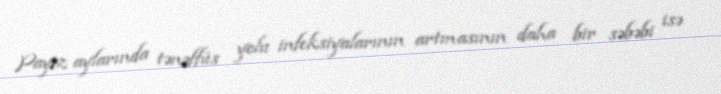
Payız aylarında tənəffüs yolu infeksiyalarının artmasının daha bir səbəbi isə